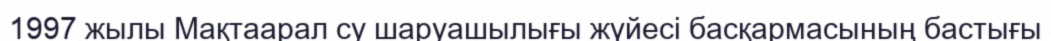
1997 жылы Мақтаарал су шаруашылығы жүйесі басқармасының бастығы